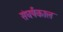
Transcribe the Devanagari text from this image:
संघर्षकाल